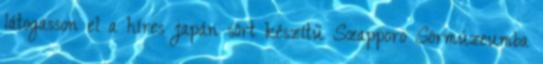
látogasson el a híres japán sört készítű Szapporo Sörmúzeumba